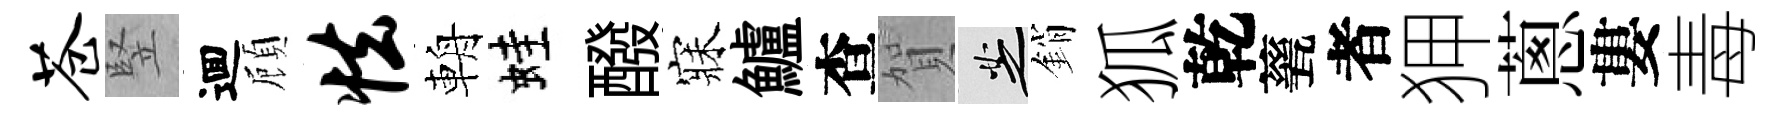
苍竪逥頋怯輈蛙醱寐鱸查賀芝銷狐乾甆者狎蔥婁毒